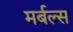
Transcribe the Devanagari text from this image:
मर्बल्स